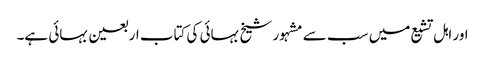
اور اہل تشیع میں سب سے مشہور شیخ بہائی کی کتاب اربعین بہائی ہے۔